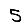
Digit: 5